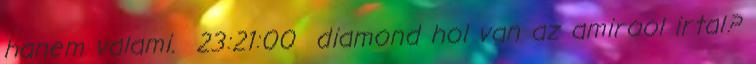
hanem valami. 23:21:00 diamond hol van az amirool irtal?